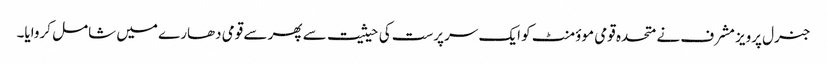
جنرل پرویز مشرف نے متحدہ قومی موؤمنٹ کو ایک سرپرست کی حیثیت سے پھر سے قومی دھارے میں شامل کروایا۔